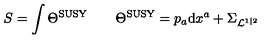
S = \int \Theta ^ { \mathrm { S U S Y } } \qquad \Theta ^ { \mathrm { S U S Y } } = p _ { a } \mathrm { d } x ^ { a } + \Sigma _ { { \cal L } ^ { 1 | 2 } }